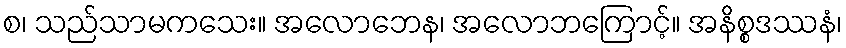
စ၊ သည်သာမကသေး။ အလောဘေန၊ အလောဘကြောင့်။ အနိစ္စဒဿနံ၊